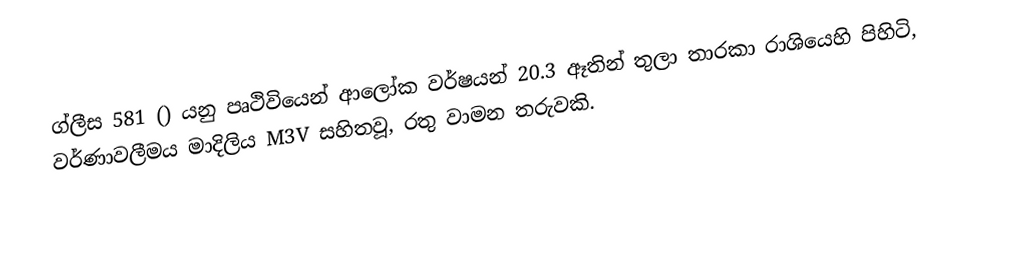
ග්ලීස 581 () යනු පෘථිවියෙන්  ආලෝක වර්ෂයන් 20.3 ඈතින් තුලා තාරකා රාශියෙහි පිහිටි, වර්ණාවලීමය මාදිලිය M3V සහිතවූ, රතු වාමන තරුවකි.